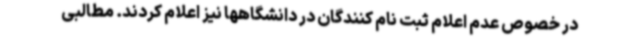
در خصوص عدم اعلام ثبت نام کنندگان در دانشگاهها نیز اعلام کردند. مطالبی